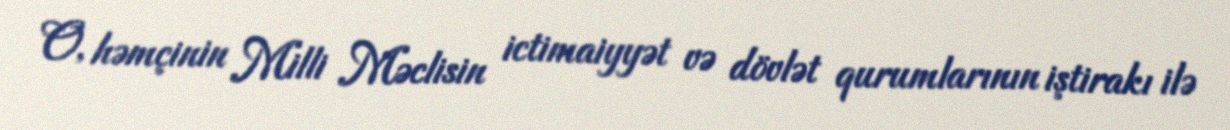
O, həmçinin Milli Məclisin ictimaiyyət və dövlət qurumlarının iştirakı ilə